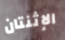
الإثنتان